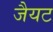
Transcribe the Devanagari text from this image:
जैयट